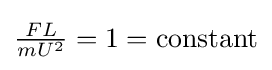
{\tfrac {FL}{mU^{2}}}=1={\text{constant}}